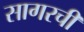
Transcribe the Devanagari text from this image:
सागरची